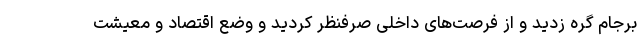
برجام گره زدید و از فرصت‌های داخلی صرفنظر کردید و وضع اقتصاد و معیشت